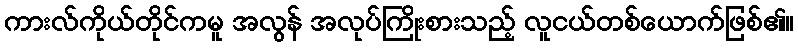
ကားလ်ကိုယ်တိုင်ကမူ အလွန် အလုပ်ကြိုးစားသည့် လူငယ်တစ်ယောက်ဖြစ်၏။